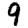
Digit: 9